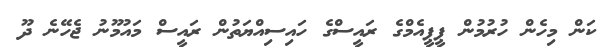
ކަން މިހެން ހުރުމުން ޕީޕީއެމްގެ ރައީސްގެ ހައިސިއްޔަތުން ރައީސް މައުމޫނު ޖެހޭނެ ދޫ